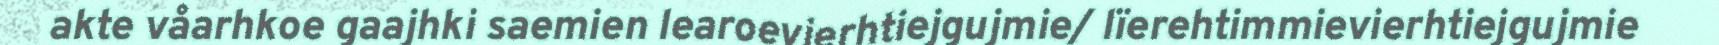
akte våarhkoe gaajhki saemien learoevierhtiejgujmie/ lïerehtimmievierhtiejgujmie